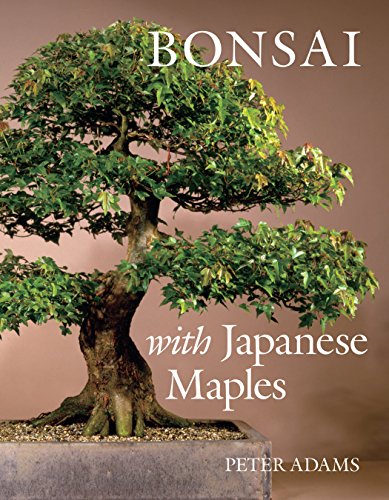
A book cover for Bonsai with Japanese Maples; Peter Adams; Crafts, Hobbies & Home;